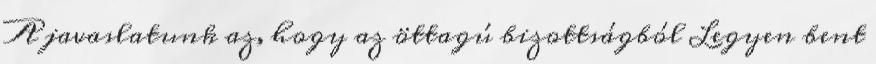
A javaslatunk az, hogy az öttagú bizottságból Legyen bent